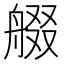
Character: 𱼻